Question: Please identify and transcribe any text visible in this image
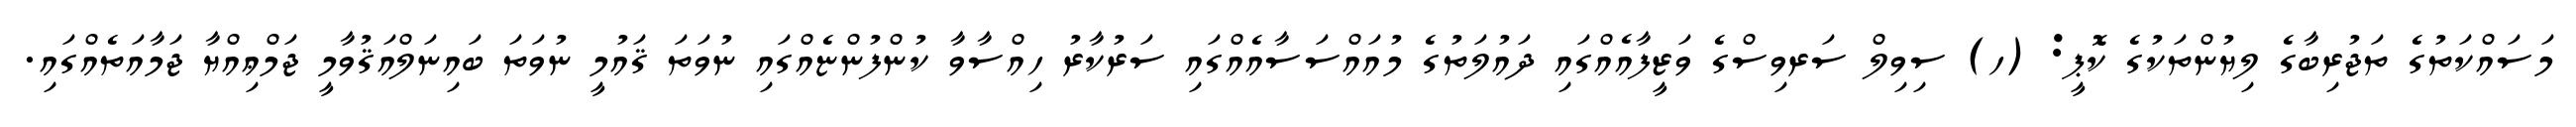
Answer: މަސައްކަތުގެ ތަޖުރިބާގެ ލިޔުންތަކުގެ ކޮޕީ: (ހ) ސިވިލް ސަރވިސްގެ ވަޒީފާއެއްގައި ދައުލަތުގެ މުއައްސަސާއެއްގައި ސަރުކާރު ހިއްސާވާ ކުންފުންޏެއްގައި ނުވަތަ ޤައުމީ ނުވަތަ ބައިނަލްއަޤުވާމީ ޖަމްޢިއްޔާ ޖަމާއަތެއްގައި.